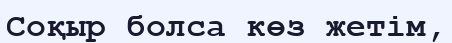
Соқыр болса көз жетім,